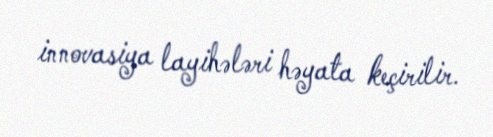
innovasiya layihələri həyata keçirilir.